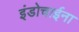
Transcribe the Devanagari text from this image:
इंडोचाईना